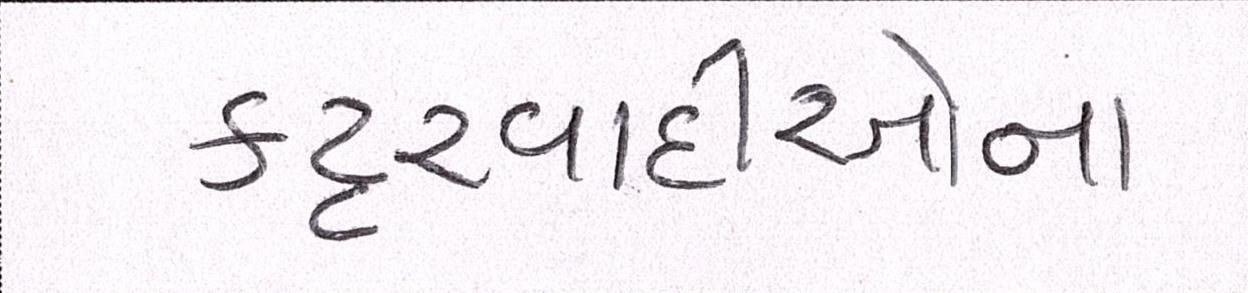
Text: કટ્ટરવાદીઓના